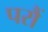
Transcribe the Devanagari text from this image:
परौं